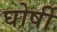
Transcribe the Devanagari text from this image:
घोर्षी